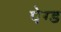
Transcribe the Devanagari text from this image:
पेग्ड